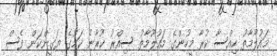
މައުލޫމާތު ހިއްސާ ކުރާ މީހުންގެ މައުލޫމާތު ސިއްރު ކުރާނެ ކަމުގެ ޔަގީންކަން ވެސް